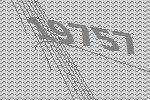
19757